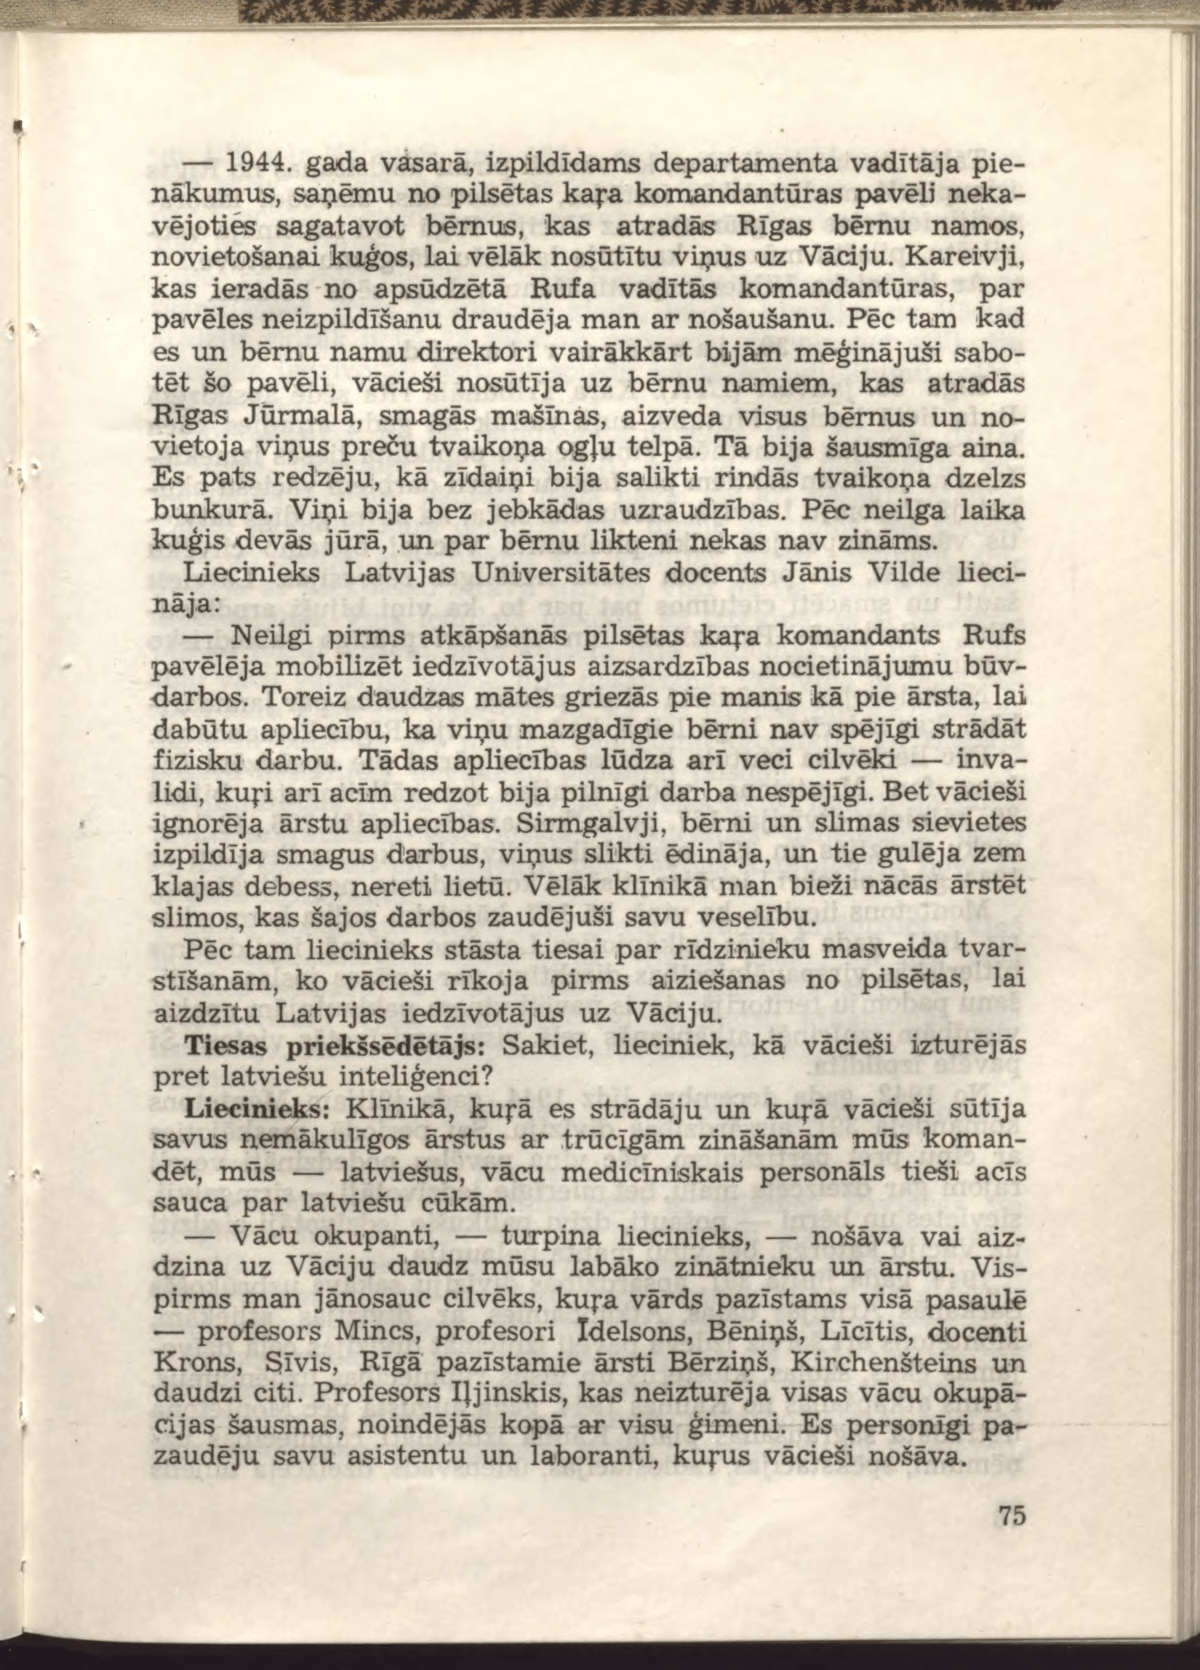
Language: lv